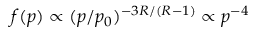
f ( p ) \propto ( p / p _ { 0 } ) ^ { - 3 R / ( R - 1 ) } \propto p ^ { - 4 }